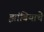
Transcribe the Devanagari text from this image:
झांबियाचे